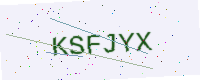
Text: KSFJYX